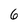
Character: 6